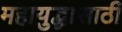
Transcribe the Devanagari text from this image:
महायुद्धासाठी